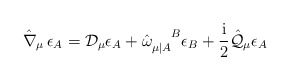
\begin{align*}\hat{\nabla}_{\mu}\,\epsilon _A = {\mathcal D}_\mu \epsilon_A + \hat{\omega}_{\mu |A}^{\phantom{\mu |A}B} \epsilon_B +\frac{\rm i}2 \hat{\cal Q}_\mu\epsilon_A\end{align*}